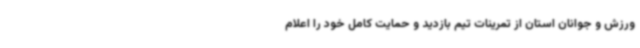
ورزش و جوانان استان از تمرینات تیم بازدید و حمایت کامل خود را اعلام